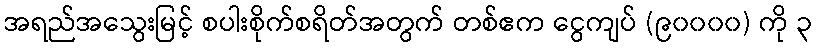
အရည်အသွေးမြင့် စပါးစိုက်စရိတ်အတွက် တစ်ဧက ငွေကျပ် (၉၀၀၀၀) ကို ၃